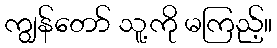
ကျွန်တော် သူ့ကို မကြည့်။